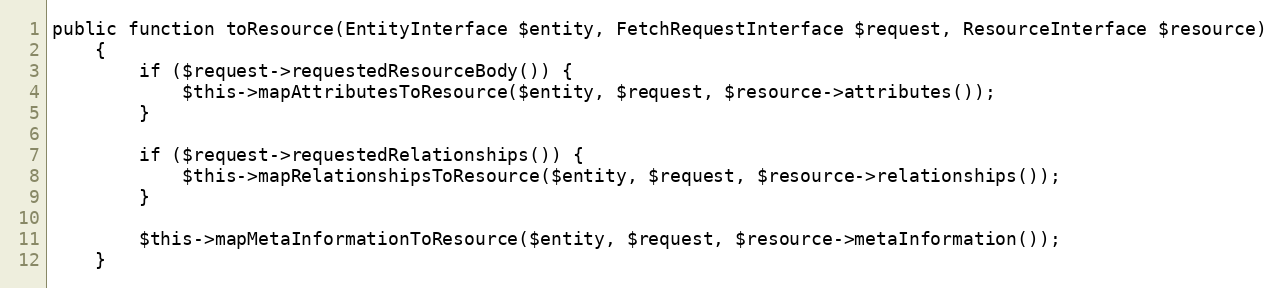
Language: PHP
public function toResource(EntityInterface $entity, FetchRequestInterface $request, ResourceInterface $resource)
    {
        if ($request->requestedResourceBody()) {
            $this->mapAttributesToResource($entity, $request, $resource->attributes());
        }

        if ($request->requestedRelationships()) {
            $this->mapRelationshipsToResource($entity, $request, $resource->relationships());
        }

        $this->mapMetaInformationToResource($entity, $request, $resource->metaInformation());
    }